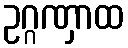
ဥဂ္ဂဏှာထ